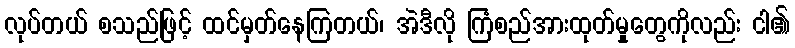
လုပ်တယ် စသည်ဖြင့် ထင်မှတ်နေကြတယ်၊ အဲဒီလို ကြံစည်အားထုတ်မှုတွေကိုလည်း ငါ၏